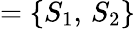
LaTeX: =\{ S_{1},\, S_{2}\}